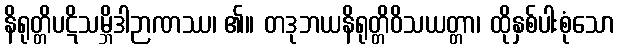
နိရုတ္တိပဋိသမ္ဘိဒါဉာဏဿ၊ ၏။ တဒုဘယနိရုတ္တိဝိသယတ္တာ၊ ထိုနှစ်ပါးစုံသော